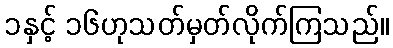
၁နှင့် ၁၆ဟုသတ်မှတ်လိုက်ကြသည်။